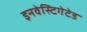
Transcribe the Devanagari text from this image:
इनवेस्टिगेटेड